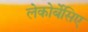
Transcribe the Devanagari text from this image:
लेकोर्बेसिए